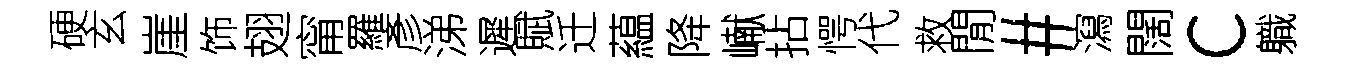
硬玄崖饰翅甯羅彥涕遲賦迁藴降𪩘拈愕代救閒#瀉闊c軄